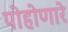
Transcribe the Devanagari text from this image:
पोहोणारे